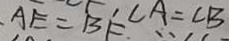
A E = B F C A = C B